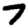
Digit: 7